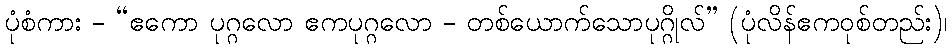
ပုံစံကား - “ဧကော ပုဂ္ဂလော ဧကပုဂ္ဂလော - တစ်ယောက်သောပုဂ္ဂိုလ်” (ပုံလိန်ဧကဝုစ်တည်း)၊